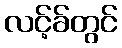
လင့်ခ်တွင်